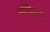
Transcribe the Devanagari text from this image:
सम्भिधान